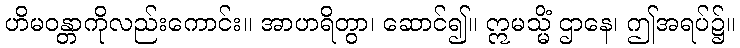
ဟိမဝန္တာကိုလည်းကောင်း။ အာဟရိတွာ၊ ဆောင်၍။ ဣမသ္မိံ ဌာနေ၊ ဤအရပ်၌။